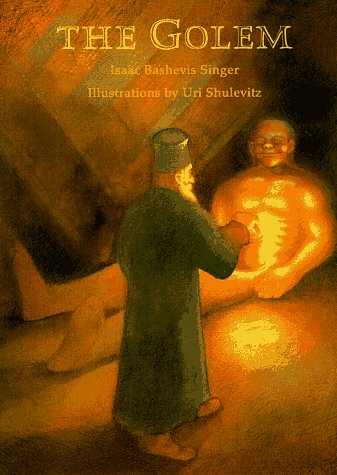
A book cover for The Golem; Isaac Bashevis Singer; Children's Books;